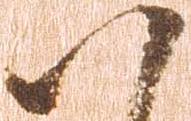
八